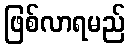
ဖြစ်လာရမည်